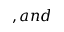
, a n d